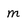
Character: m